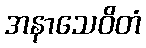
အနာသေဝိတံ